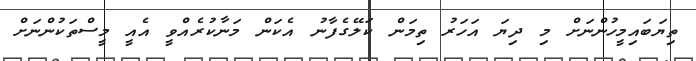
ތިޔަބައިމީހުންނަށް މި ދިޔަ އަހަރު ތިމަން ކަލޭގެފާނު އެކަން މަނާކުރެއްވީ އެއީ މީސްތަކުންނަށް